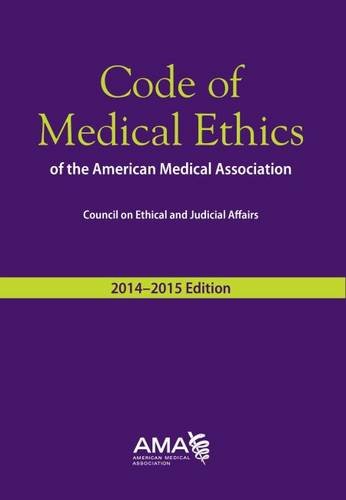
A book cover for Code of Medical Ethics of the American Medical Association, 2014-2015 Ed (Code of Medical Ethics: Current Opinions with Annotations); American Medical Association; Law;